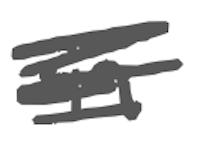
Text: in
Cross-out: scratch
Writing tool: digital_gray